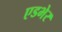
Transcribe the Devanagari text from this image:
एडभेर